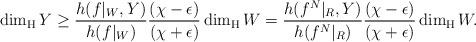
LaTeX: \begin{align*}\dim_{\rm H} Y \geq \frac{h(f|_{W},Y)}{h(f|_{W})} \frac{(\chi - \epsilon)}{(\chi + \epsilon)}\dim_{\rm H} W = \frac{h(f^N|_{R},Y)}{h(f^N|_{R})} \frac{(\chi - \epsilon)}{(\chi + \epsilon)}\dim_{\rm H} W.\end{align*}